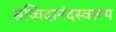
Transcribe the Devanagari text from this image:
सच्चिदानंदस्वरूप